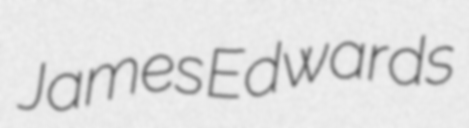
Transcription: James Edwards